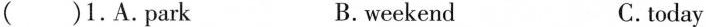
()1.A.park B. weekend C. today